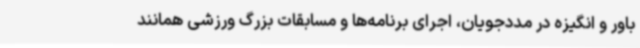
باور و انگیزه در مددجویان، اجرای برنامه‌ها و مسابقات بزرگ ورزشی همانند